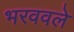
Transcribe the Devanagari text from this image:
भरववले